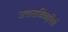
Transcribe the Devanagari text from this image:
उत्तराधिका्रियों